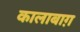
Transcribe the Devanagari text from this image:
कालाबाग़